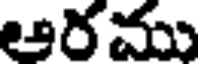
ఆరము